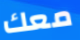
معك